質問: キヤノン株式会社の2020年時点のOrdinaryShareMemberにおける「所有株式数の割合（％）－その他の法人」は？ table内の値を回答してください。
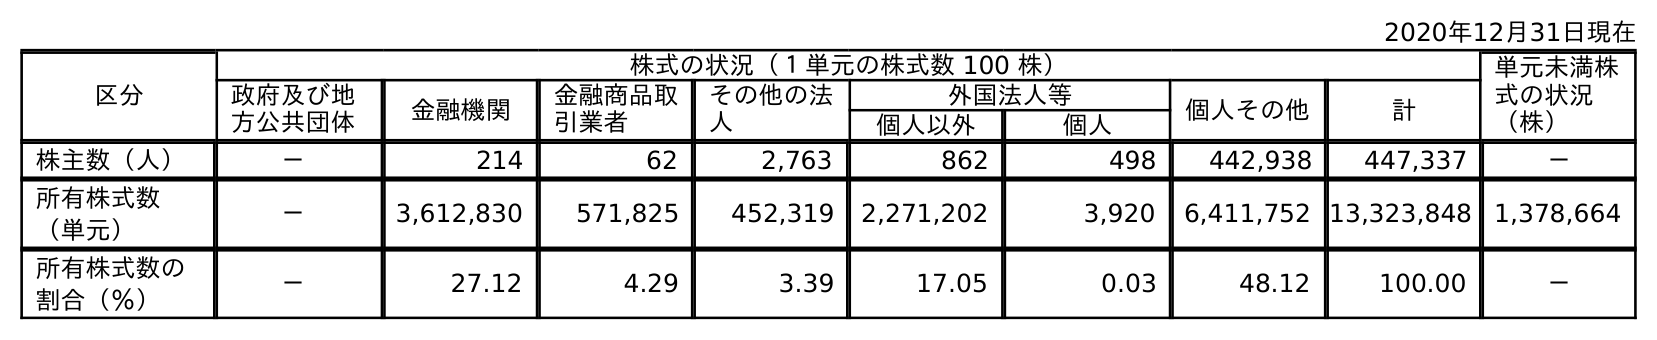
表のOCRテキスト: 2020年12月31日現在 区分 株式の状況（１単元の株式数 100 株） 単元未満株 式の状況 （株） 政府及び地 方公共団体 金融機関 金融商品取 引業者 その他の法 人 外国法人等 個人その他 計 個人以外 個人 株主数（人） － 214 62 2,763 862 498 442,938 447,337 － 所有株式数 （単元） － 3,612,830 571,825 452,319 2,271,202 3,920 6,411,752 13,323,848 1,378,664 所有株式数の 割合（％） － 27.12 4.29 3.39 17.05 0.03 48.12 100.00 －
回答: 3.39